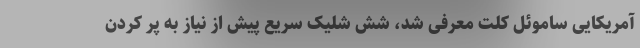
آمریکایی ساموئل کلت معرفی شد، شش شلیک سریع پیش از نیاز به پر کردن